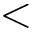
<